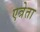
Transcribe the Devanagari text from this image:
एत्रेता